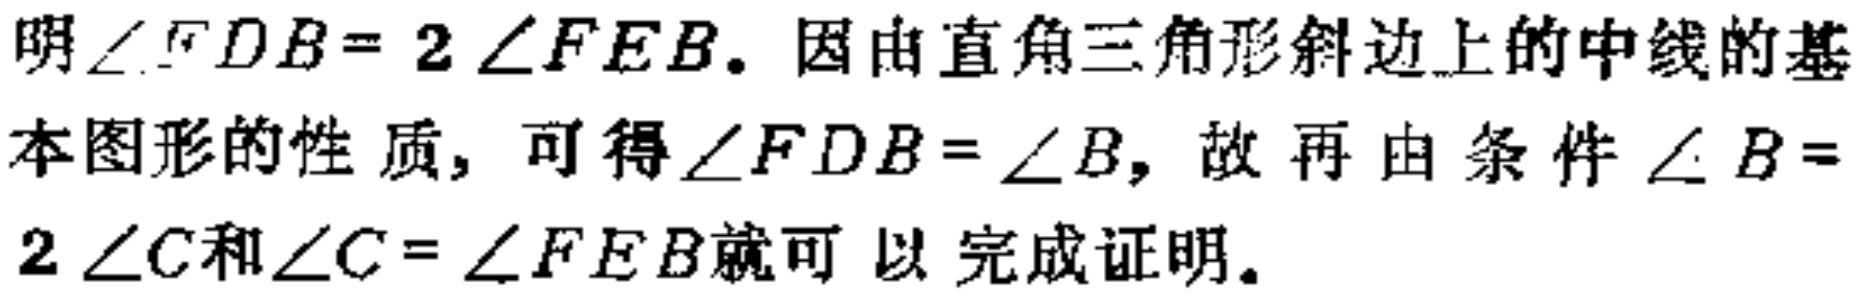
明$\angle FDB = 2\angle FEB$. 因由直角三角形斜边上的中线的基

本图形的性质，可得$\angle FDB=\angle B$，故再由条件$\angle B =

2\angle C$和$\angle C=\angle FEB$就可以完成证明。